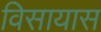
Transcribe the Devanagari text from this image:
विसायास